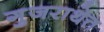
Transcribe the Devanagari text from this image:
गुजराथेत